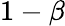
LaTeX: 1-\beta